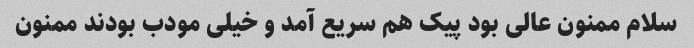
سلام ممنون عالی بود پیک هم سریع آمد و خیلی مودب بودند ممنون